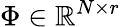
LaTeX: \Phi\in\mathbb{R}^{N\times r}